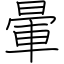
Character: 暈